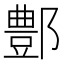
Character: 鄷